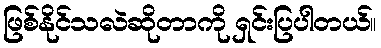
ဖြစ်နိုင်သလဲဆိုတာကို ရှင်းပြပါတယ်။